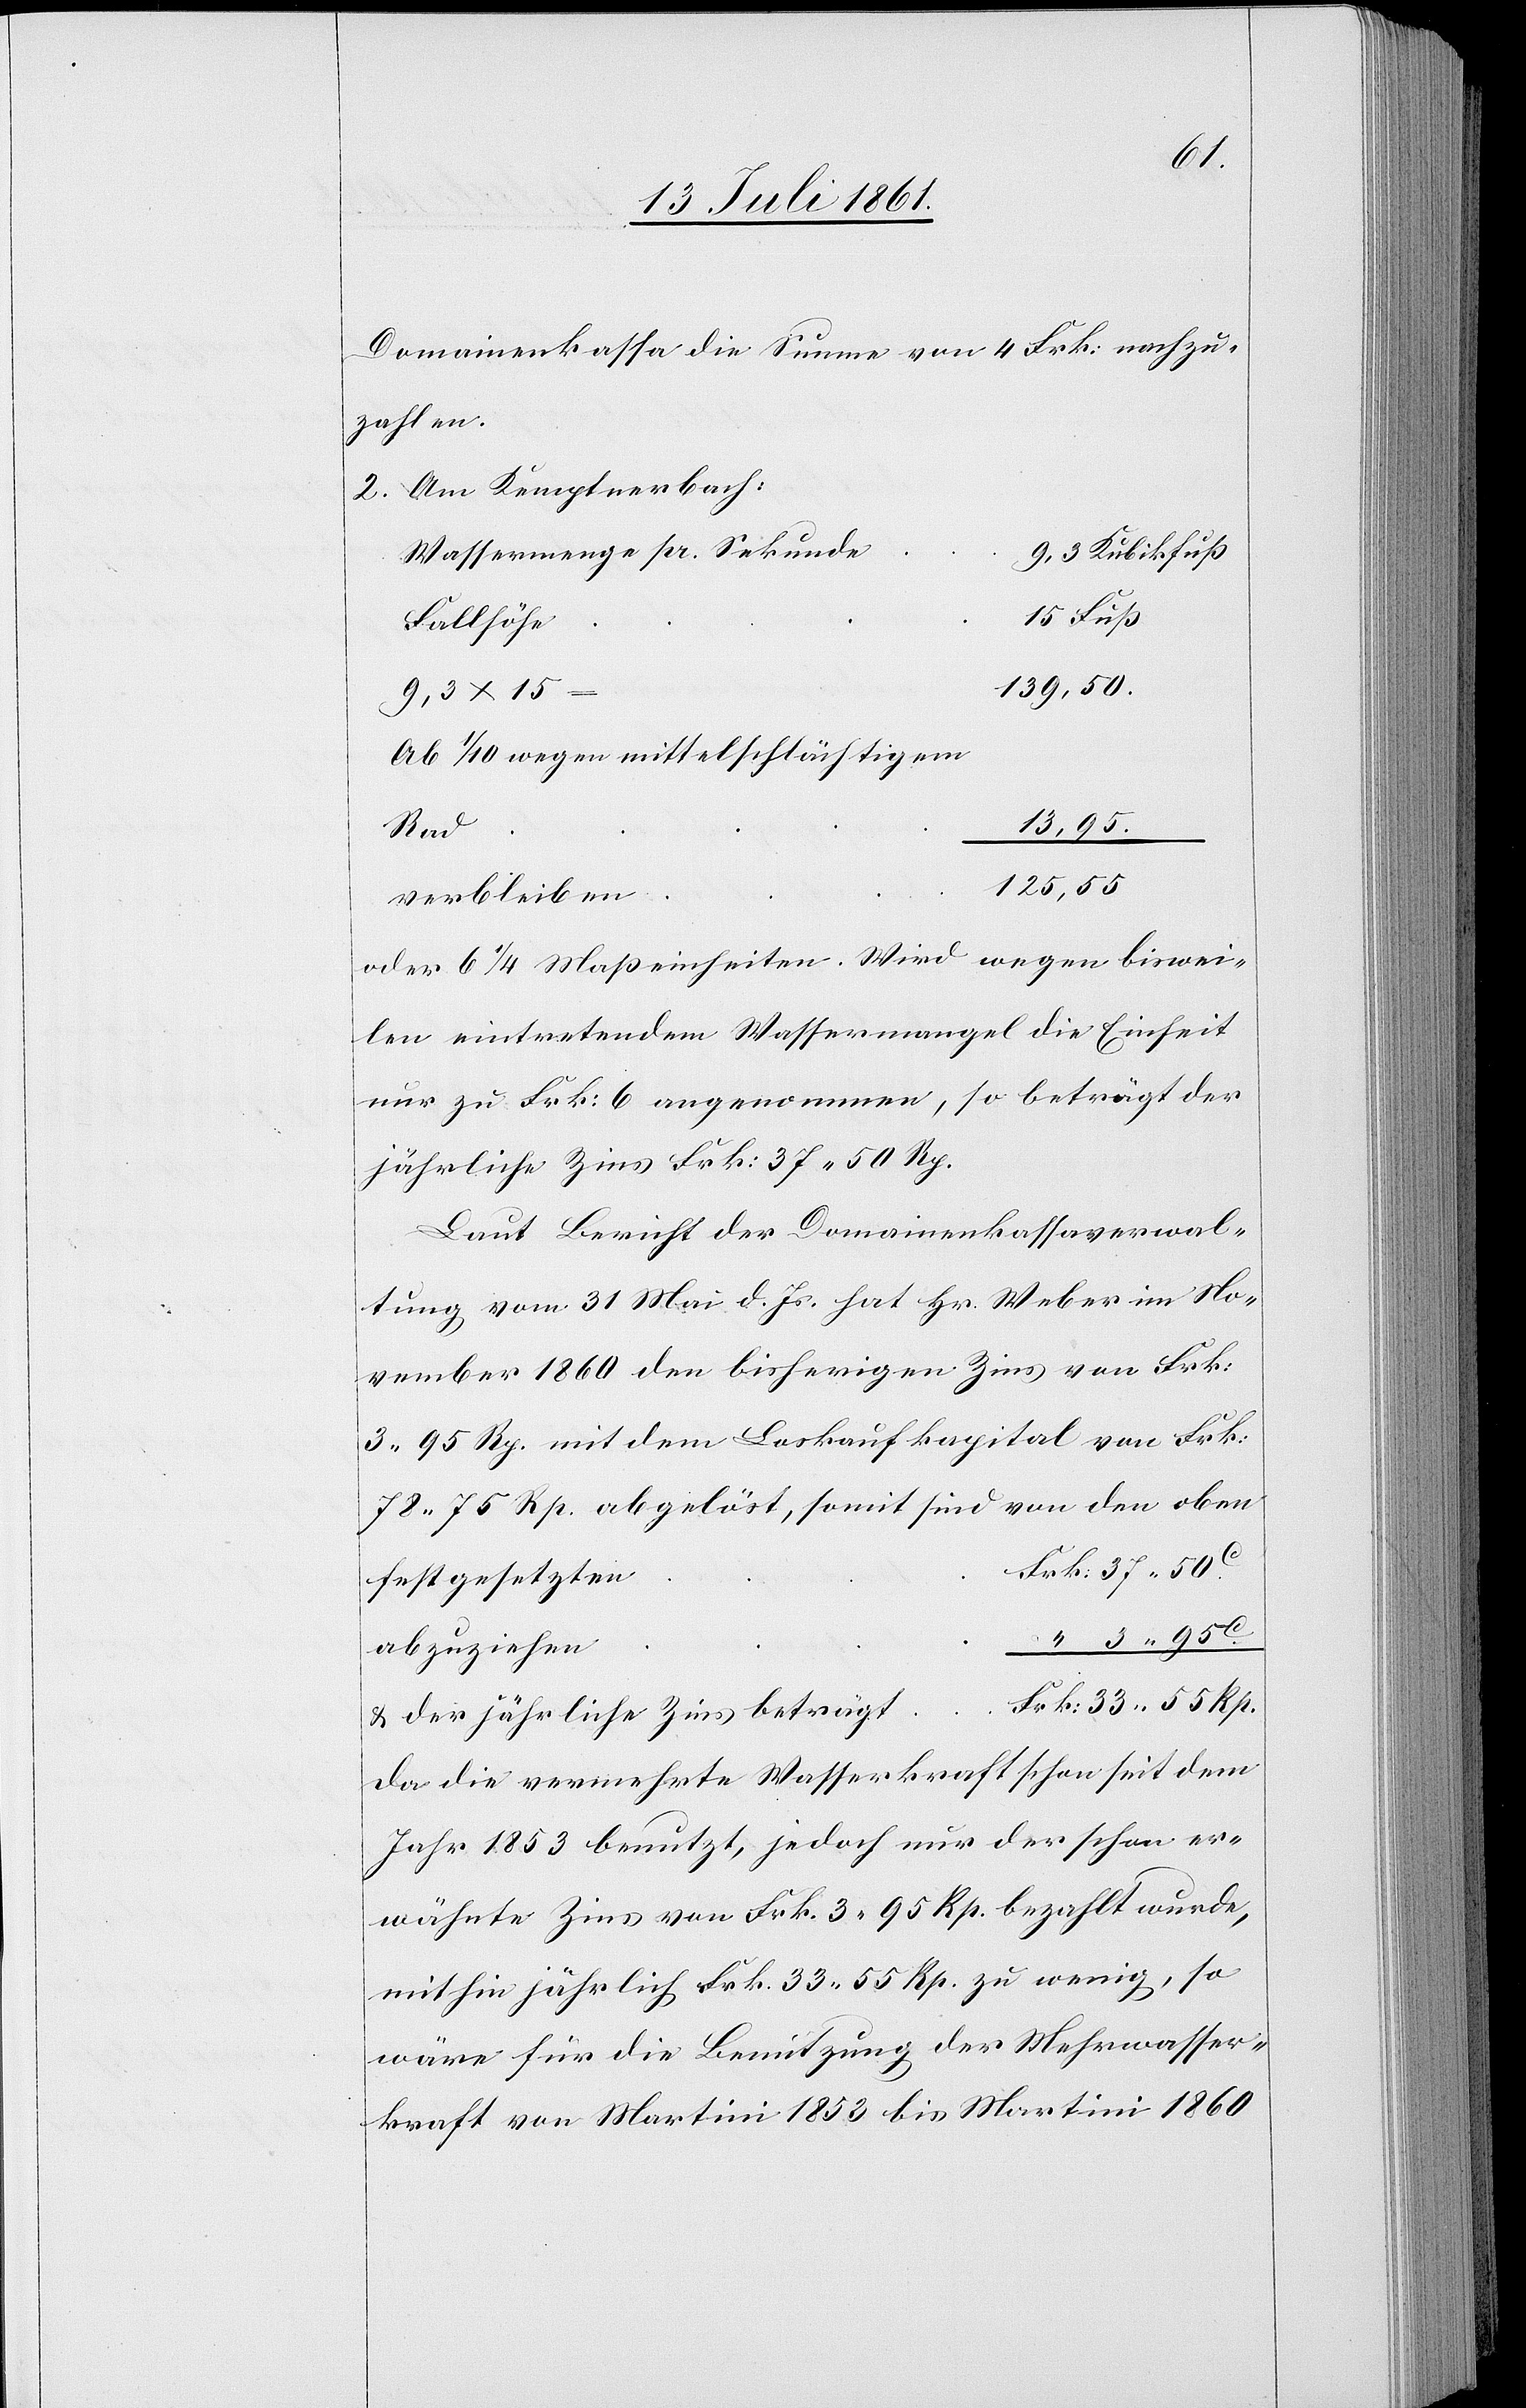
Domainenkasse die Summe von 4 Frk. nachzu¬
zahlen.
2. Am Kemptnerbach:
Wassermenge pr. Sekunde	9,3
t						F¬
9,3 x 15
Ab 1/10 wegen mittelschlächtigem
oder 6 1/4 Maßeinheiten. Wird wegen biswei¬
len eintretenden Wassermangel die Einheit
nur zu Frk. 6 angenommen, so beträgt der
jährliche Zins Frk. 37.50 Rp.
Laut Bericht der Domainenkassaverwal¬
tung vom 31 Mai d. Js. hat Hr. Weber im No¬
vember 1860 den bisherigen Zins von Frk.
3.95 Rp. mit dem Loskaufskapital von Frk.
78.75 Rp. abgelöst, somit sind von den oben
rk. 33.55 Rp
u. der jährliche Zins beträg¬
da die vermehrte Wasserkraft schon seit dem
Jahr 1853 benutzt, jedoch nur der schon er¬
wähnte Zins von Frk. 3.95 Rp. bezahlt wurde,
mithin jährlich Frk. 33.55 Rp. zu wenig, so
wäre für die Benutzung der Mehrwasser¬
kraft von Martini 1853 bis Martini 1860